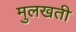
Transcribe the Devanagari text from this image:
मुलखती